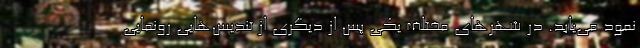
نمود می‌یابد. در شهرهای مختلف یکی پس از دیگری از تندیس‌هایی رونمایی